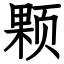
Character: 颗